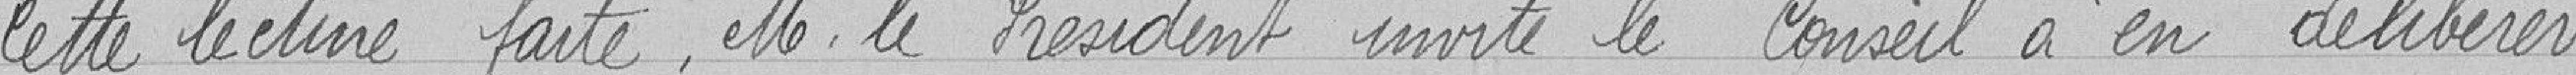
Cette lecture faite, Monsieur le Président invite le Conseil à en délibérer.